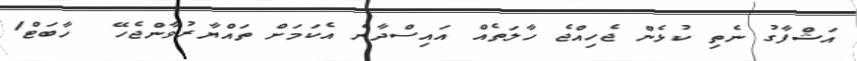
އަޝްފާގު ނެތި ކުޅެން ޖެހިއްޖެ ހާލަތެއް އައިސްދާނެ އެކަމަށް ތައްޔާރުވާންޖެހޭ  ހާބަޓް1